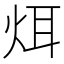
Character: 𪸥